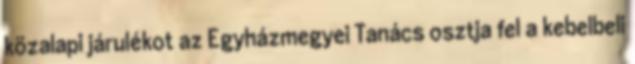
közalapi járulékot az Egyházmegyei Tanács osztja fel a kebelbeli